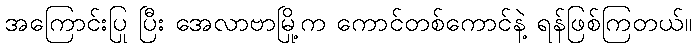
အကြောင်းပြု ပြီး အေလာဗာမြို့က ကောင်တစ်ကောင်နဲ့ ရန်ဖြစ်ကြတယ်။